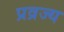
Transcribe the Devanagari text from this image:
प्रव्रज्य